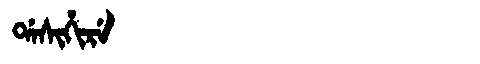
Manchu: ᡩᠠᠰᡳᡥᡳᡵᡝ
Romanization: DASIHIRE